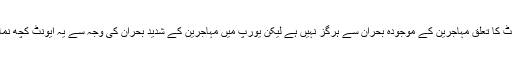
اگرچہ اس ایونٹ کا تعلق مہاجرین کے موجودہ بحران سے ہرگز نہیں ہے لیکن یورپ میں مہاجرین کے شدید بحران کی وجہ سے یہ ایونٹ کچھ نمایاں ہو گیا ہے۔